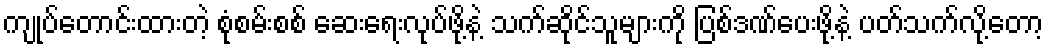
ကျုပ်တောင်းထားတဲ့ စုံစမ်းစစ် ဆေးရေးလုပ်ဖို့နဲ့ သက်ဆိုင်သူများကို ပြစ်ဒဏ်ပေးဖို့နဲ့ ပတ်သက်လို့တော့